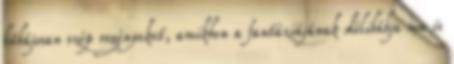
bűbájosan szép regényeket, amikben a fantáziájának délibábja ma is